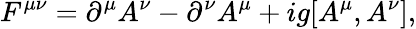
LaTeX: F^{\mu\nu}=\partial^{\mu}A^{\nu}-\partial^{\nu}A^{\mu}+ig[A^{\mu},A^{\nu}],